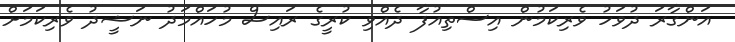
އަންގާރަ ދުވަހު ވެރިކަމުން އިސްތިއުފާ ދެއްވި ކުރީގެ ރައިސް މުހައްމަދު ނަޝީދު ވެރިކަމަށް